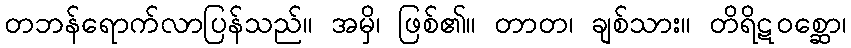
တဘန်ရောက်လာပြန်သည်။ အမှိ၊ ဖြစ်၏။ တာတ၊ ချစ်သား။ တိရိဋဝစ္ဆော၊